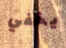
يخفي